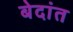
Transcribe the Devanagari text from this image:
बेदांत